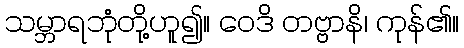
သမ္ဘာရဘုံတို့ဟူ၍။ ဝေဒိ တဗ္ဗာနိ၊ ကုန်၏။